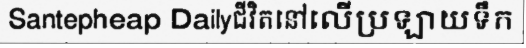
Santepheap Dailyជីវិតនៅលើប្រឡាយទឹក